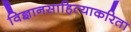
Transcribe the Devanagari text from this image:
विज्ञानसाहित्याकरिता